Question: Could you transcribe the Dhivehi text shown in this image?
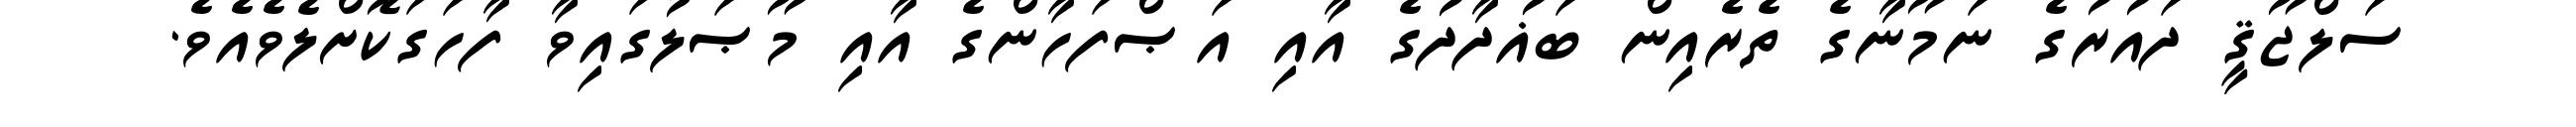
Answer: ސަލްޖޫޤީ ދައުރުގެ ނަމޫނާގެ ތެރެއިން ބަޣުދާދުގެ އާއި އަޞްފަހާންގެ އާއި މޫޞަލުގައިވާ ފާހަގަކޮށްލެވެއެވެ.